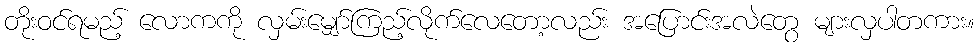
တိုးဝင်ရမည့် လောကကို လှမ်းမျှော်ကြည့်လိုက်လေတော့လည်း အပြောင်းအလဲတွေ များလှပါတကား။